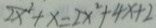
2 x ^ { 2 } + x = 2 x ^ { 2 } + 4 x + 2